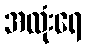
အလုံးရေ